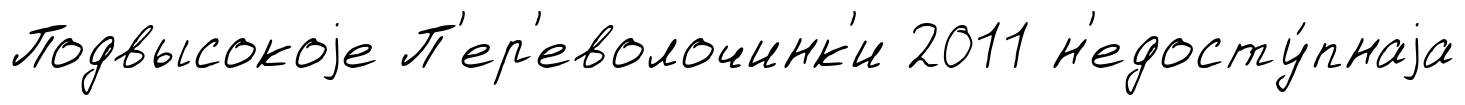
Подвысокоjе П'ер'еволочинк'и 2011 н'едосту́пнаjа